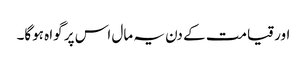
اور قیامت کے دن یہ مال اس پر گواہ ہوگا۔